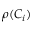
\rho ( C _ { i } )